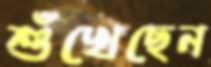
শুঁখেছেন